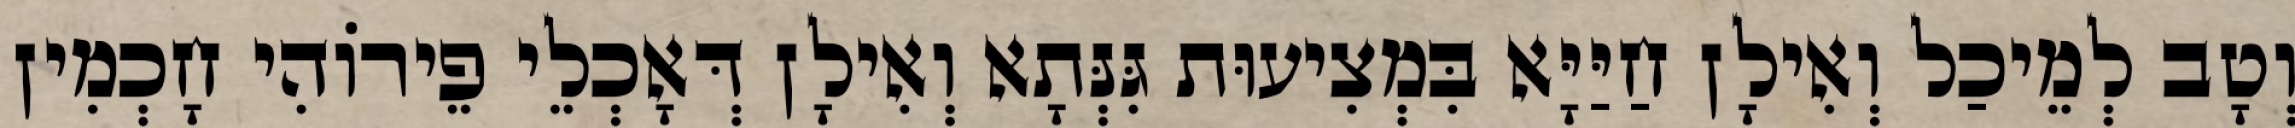
וְטָב לְמֵיכַל וְאִילָן חַיַּיָּא בִּמְצִיעוּת גִּנְּתָא וְאִילָן דְּאָכְלֵי פֵירוֹהִי חָכְמִין